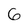
Character: 6